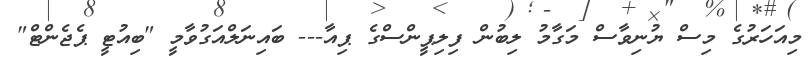
މިއަހަރުގެ މިސް ޔުނިވާސް މަގާމު ލިބުން ފިލިޕީންސްގެ ޕިއާ--- ބައިނަލްއަގުވާމީ "ބިއުޓީ ޕެޖެންޓް"